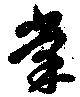
棠